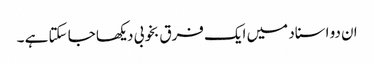
ان دو اسناد میں ایک فرق بخوبی دیکھا جا سکتا ہے ۔